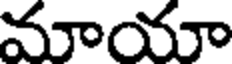
మాయా